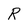
Character: R